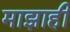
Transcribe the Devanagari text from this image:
माझाही